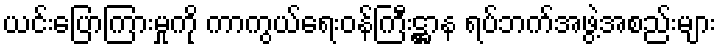
ယင်းပြောကြားမှုကို ကာကွယ်ရေးဝန်ကြီးဋ္ဌာန ရပ်ဘက်အဖွဲ့အစည်းများ